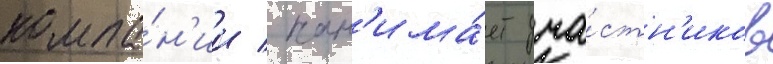
компа́н'ии / нан'има́ет уча́стн'иков